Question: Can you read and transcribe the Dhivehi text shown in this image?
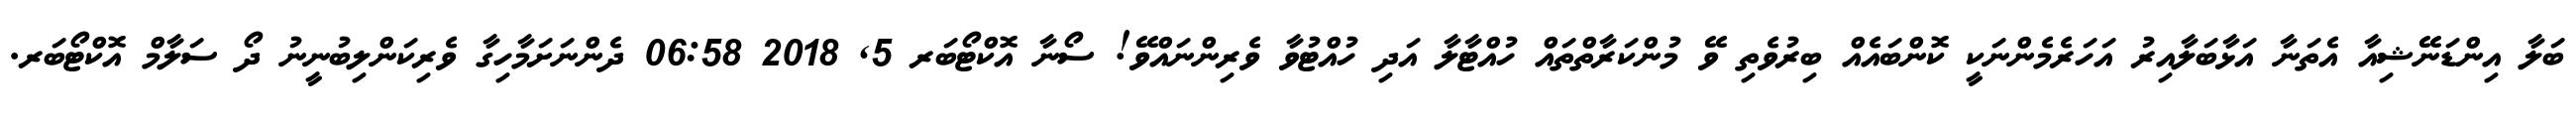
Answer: ބަލާ އިންޑަނޭޝިއާ އެތަނާ އަޅާބަލާއިރު އަހަރެމެންނަކީ ކޮންބައެއް ބިރުވެތި ވޭ މުންކަރާތްތައް ހުއްޓާލާ އަދި ހުއްޓުވާ ވެރިންނައްވޭ! ސޯނާ އޮކްޓޯބަރ 5, 2018 06:58 ދެންނަށަމާހިގާ ވެރިކަންލިބުނީނު ދޯ ސަލާމް އޮކްޓޯބަރ.